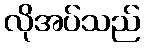
လိုအပ်သည်